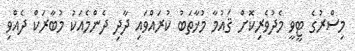
މިސްރުގެ ޓީވީ މެދުވެރިކޮށް ޤައުމާ މުޚާތަބު ކުރައްވައި ދާދި ދެންމެއަކު މުބާރަކް ދެއްވި